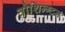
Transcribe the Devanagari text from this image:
वौशिन्ग्टन